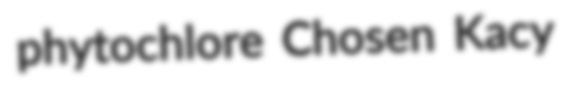
phytochlore Chosen Kacy